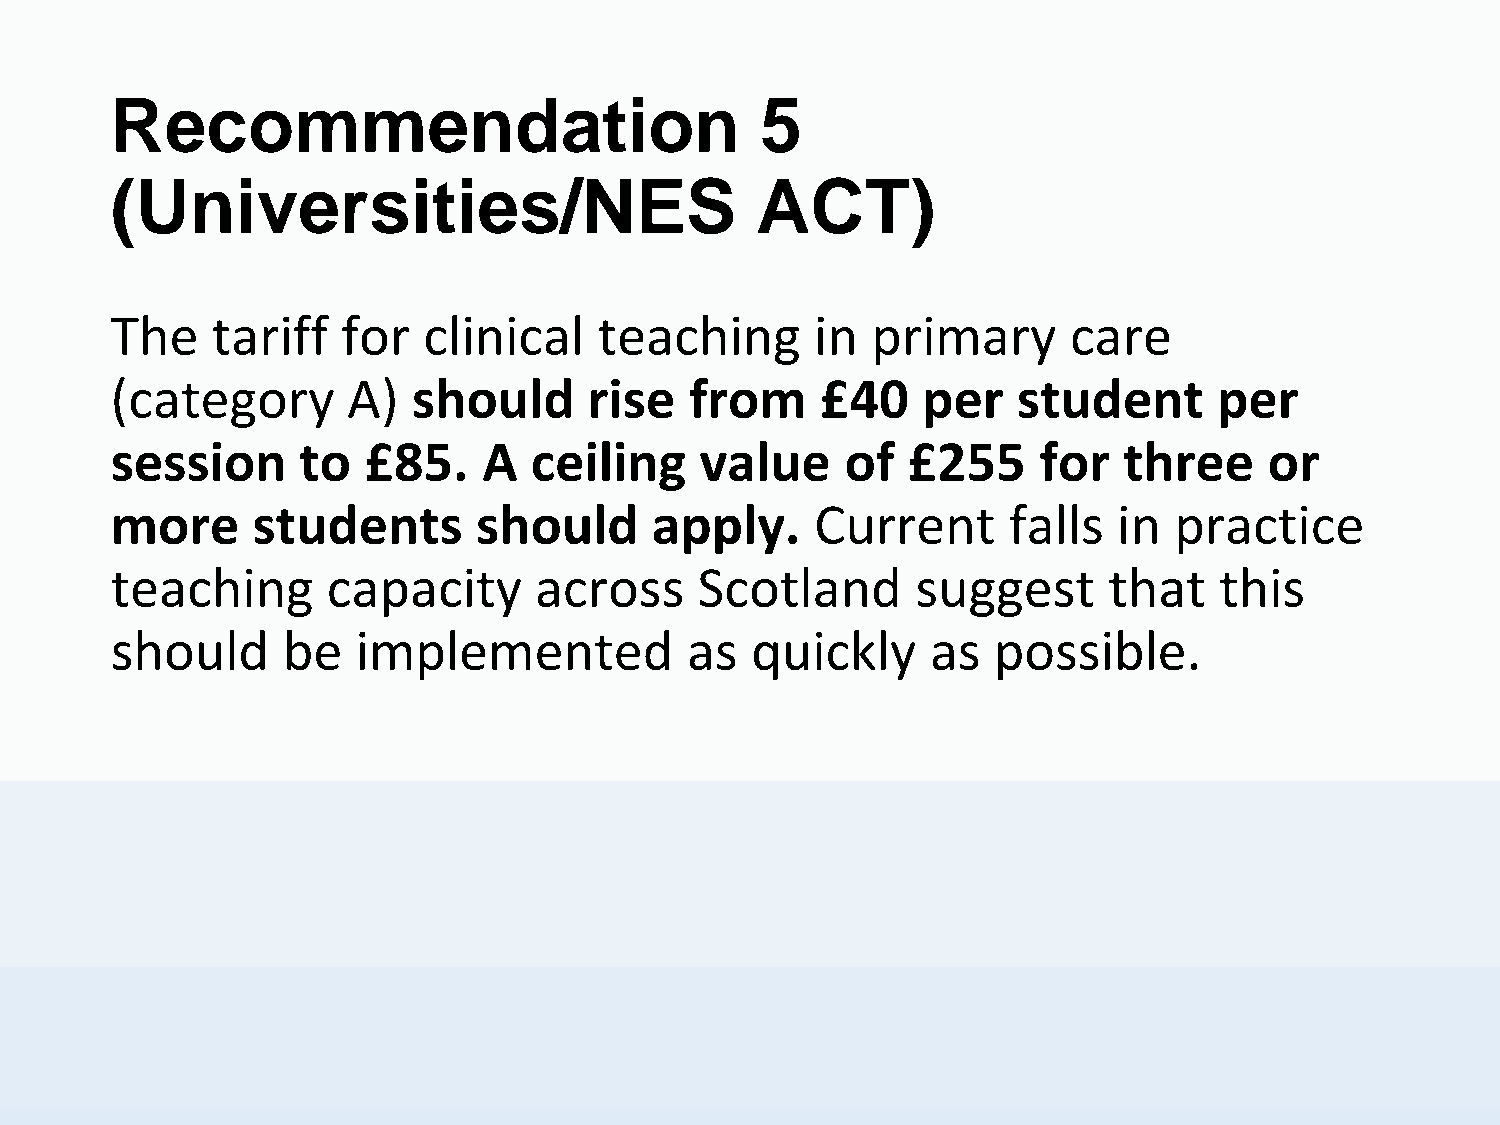
Recommendation                             5
 (Universities/NES                          ACT)
 The    tariff   for  clinical    teaching      in  primary      care
 (category       A)  should      rise   from    £40    per   student       per
 session      to  £85.    A  ceiling    value     of  £255     for  three     or
 more      students       should     apply.     Current      falls  in  practice
 teaching       capacity     across     Scotland       suggest     that    this
 should      be   implemented          as   quickly     as  possible.